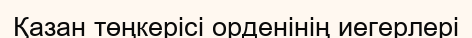
Қазан төңкерісі орденінің иегерлері